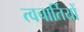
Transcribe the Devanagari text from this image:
त्वचार्तियों